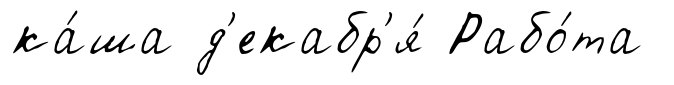
ка́ша д'екабр'я́ Рабо́та